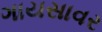
ગાયસાવર